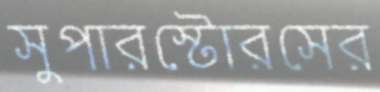
সুপারস্টোরসের